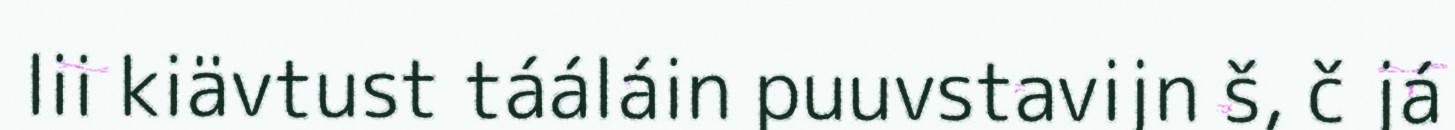
lii kiävtust tááláin puuvstavijn š, č já